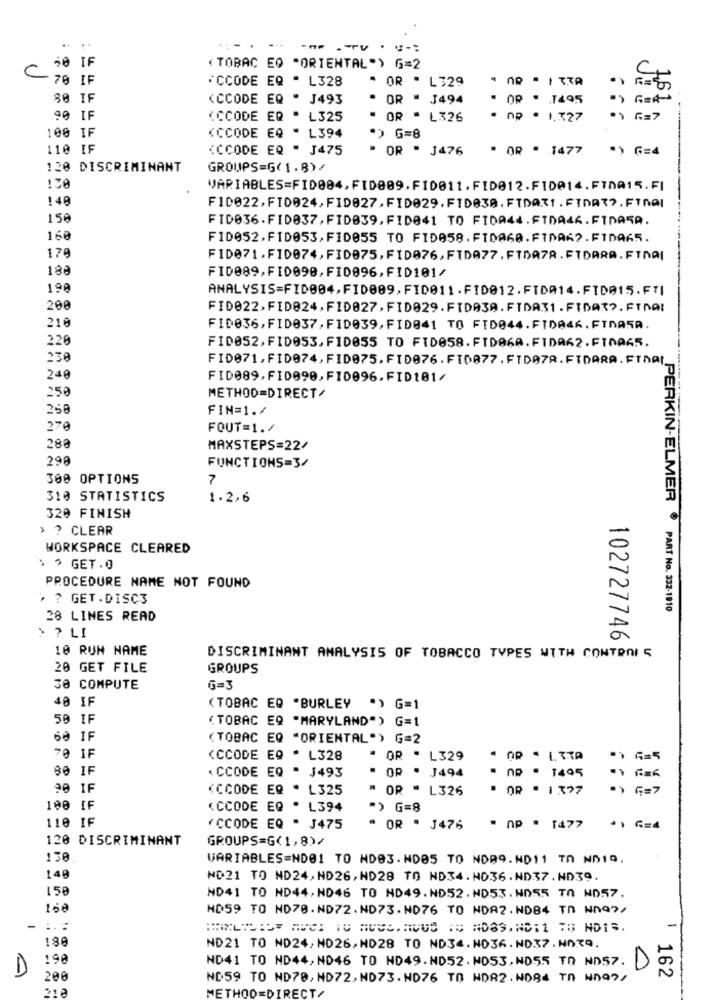
. ..
50 IF
( TOBAC EO "ORIENTAL") G=2
C
C
70 IF
CCODE EQ " L328
OR . L329
G = 4
80 IF
(CCODE EQ " J493
" OR " J494
OP . 1495
90 IF
(CCODE ER " L325
- OR - L326
OP . 1.727
100 IF
(CCODE EQ - L394
*> G=8
110 IF
<CCODE EQ " J475
" OR " J476
" OR . 1477
") 6=4
120 DISCRIMINANT
GROUPS=G(1.8)/
:30
VARIABLES=FID004,FID009.F10011.FID012.FID014.FINA15.FI
140
FID022,FID024,FID827,FIDE29.FIDE38.FIDATI.FIDATY.FINAI
150
FID036. FID037, FID039, FIDE41 TO FIDA44. FIDA46. FTDASA.
160
F10052.FID053,FID055 TO FID058.FT0A60.FIDA62.FIDA65.
179
FID071.FID074, FID075, FID076, FIDA77. FIDA7A. FTDARA. FINAI
180
FID089,FI0090,FI0096,F1D101/
190
ANALYSIS=FID004,FID009,FID011.FID012.FIDA14.FID015. FTI
206
FID022, FID824, FID027, FID029. FIDA3A. FIDA31 . FIDA3 ?. FINAL
210
FID036,FID037,FID039, FID041 TO FID044.FIDA46. FINASA.
220
FID052, FID053, FID055 TO FIDE58. FIDA6A. FIDA62.FINAS5.
230
FID071,FIDE74,FID075.FIDE76.FIDA77.FIDA7R.FTDARA.FINA.
240
FID089,FID090,F10096.FID101/
250
METHOD=DIRECT/
258
FIN=1./
27
FOUT=1./
280
MAXSTEPS=22/
296
FUNCTIONS=3/
300 OPTIONS
7
310 STATISTICS
1.2,6
320 FINISH
> ? CLEAR
WORKSPACE CLEARED
· · GET.O
PROCEDURE NAME NOT FOUND
· ? GET.DISC3
PERKIN-ELMER PART No. 332-1910
28 LINES READ
> ? LI
102727746
10 RUM NAME
DISCRIMINANT ANALYSIS OF TOBACCO TYPES WITH CONTROI S
20 GET FILE
GROUPS
30 COMPUTE
G=3
40 IF
(TOBAC EQ "BURLEY ") G=1
59 IF
(TOBAC EQ "MARYLAND") G=1
60 IF
(TOBAC EQ "ORIENTAL") G=2
70 IF
<CCODE EQ " L328
" OR " L329
80 IF
" OR " J494
. nP . 1495
CCODE EQ . J493
20 IF
(CCODE ER . L325
" OR " L326
OR . 137
) G=7
100 IF
(CCODE EQ . L394
"> G=8
110 IF
"CCODE EQ " J475
OR . J476
. AP . 1477
*1 G=4
120 DISCRIMINANT
GROUPS=G(1,8)/
130
VARIABLES=ND01 TO ND03. ND05 TO NDA9.ND11 TO ND1Q.
140
ND21 TO ND24,NO26,ND28 TO ND34. NO36. ND37. ND39.
158
ND41 TO ND44,NO46 TO ND49.ND52. ND53. NO55 TO ND57.
150
MD59 TO ND70. ND72. ND73. ND76 TO NDA2. ND84 TD Nno?/
180
ND21 TO ND24, ND26, ND28 TO ND34. NO36. ND37. HOTO.
198
ND41 TO ND44, NO46 TO ND49.ND52. ND53, NO55 TO ND57.
D
D
$ 162
200
ND59 TO ND70, ND72, ND73. HD76 TO NDR2. WDB4 TA WN99/
218
METHOD=DIRECT/